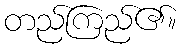
တည်ကြည်၏။